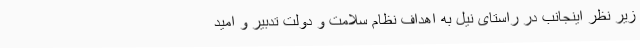
زیر نظر اینجانب در راستای نیل به اهداف نظام سلامت و دولت تدبیر و امید